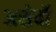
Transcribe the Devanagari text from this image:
असेर्बो